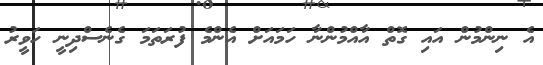
އެ ނިންމުން އައި ގޮތް އާއްމުންނާ ހަމައަށް އެންމެ ފުރަތަމަ ގެނެސްދިނީ ހަވީރު